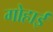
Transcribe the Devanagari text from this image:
गोहार्इं